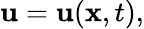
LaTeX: \mathbf{u}=\mathbf{u}(\mathbf{x},t),